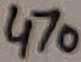
Text: 470